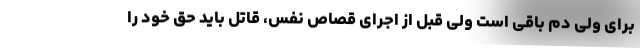
برای ولی دم باقی است ولی قبل از اجرای قصاص نفس، قاتل باید حق خود را